Problem: 9 × 8 = ?
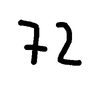
Handwritten answer: 72